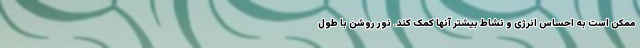
ممکن است به احساس انرژی و نشاط بیشتر آنها کمک کند. نور روشن با طول